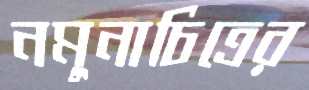
নমুনাচিত্রের